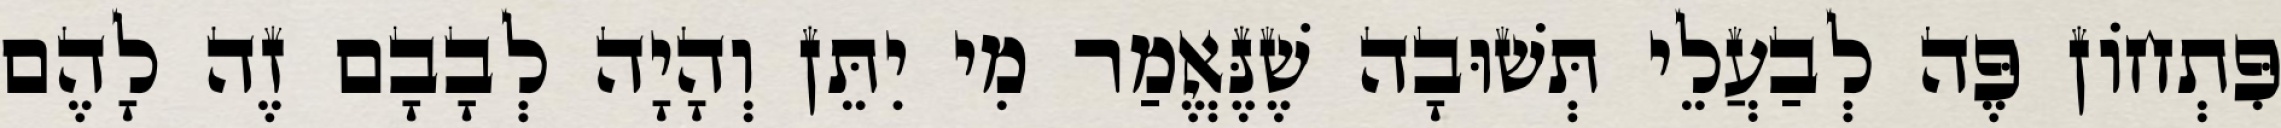
פִּתְחוֹן פֶּה לְבַעֲלֵי תְּשׁוּבָה שֶׁנֶּאֱמַר מִי יִתֵּן וְהָיָה לְבָבָם זֶה לָהֶם